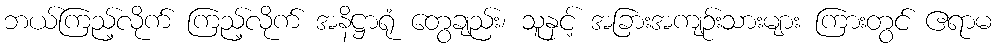
ဘယ်ကြည့်လိုက် ကြည့်လိုက် အနိဋ္ဌာရုံ တွေချည်း၊ သူနှင့် အခြားအကျဉ်းသားများ ကြားတွင် ဧရာမ